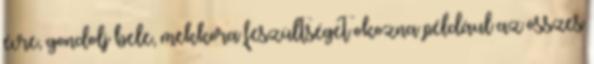
évre, gondolj bele, mekkora feszültséget okozna például az összes